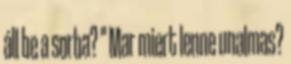
áll be a sorba? " Mar miert lenne unalmas?